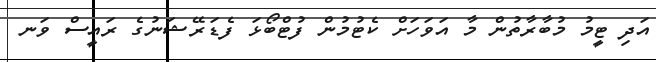
އަދި ޓީމު މުބާރާތުން މާ އަވަހަށް ކެޓުމުން ފުޓްބޯޅަ ފެޑަރޭޝަނުގެ ރައީސް ވަނ